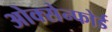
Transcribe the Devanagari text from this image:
ओक्सेन्फोर्ड